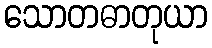
သောတဓာတုယာ